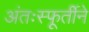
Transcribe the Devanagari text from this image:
अंतःस्फूर्तीने